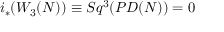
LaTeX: i _ { * } ( W _ { 3 } ( N ) ) \equiv S q ^ { 3 } ( P D ( N ) ) = 0